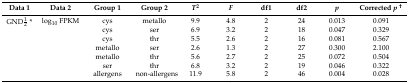
| Data 1 | Data 2 | Group 1 | Group 2 | T2 | F | df1 | df2 | p | Corrected p† |
 | --- | --- | --- | --- | --- | --- | --- | --- | --- | --- |
 | GND1⁄2 * | log10 FPKM | cys | metallo | 9.9 | 4.8 | 2 | 24 | 0.013 | 0.091 |
 |  |  | cys | ser | 6.9 | 3.2 | 2 | 18 | 0.047 | 0.329 |
 |  |  | cys | thr | 5.5 | 2.6 | 2 | 16 | 0.081 | 0.567 |
 |  |  | metallo | ser | 2.6 | 1.3 | 2 | 27 | 0.300 | 2.100 |
 |  |  | metallo | thr | 5.6 | 2.7 | 2 | 25 | 0.072 | 0.504 |
 |  |  | ser | thr | 6.8 | 3.2 | 2 | 19 | 0.046 | 0.322 |
 |  |  | allergens | non-allergens | 11.9 | 5.8 | 2 | 46 | 0.004 | 0.028 |